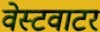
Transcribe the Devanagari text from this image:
वेस्टवाटर